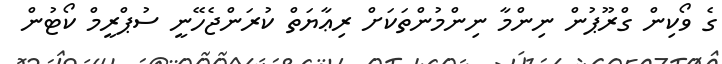
ގެ ވޯކިން ގްރޫޕުން ނިންމާ ނިންމުންތަކަށް ރިޢާޔަތް ކުރަންޖެހޭނީ ސުޕްރީމް ކޯޓުން